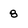
Character: 8